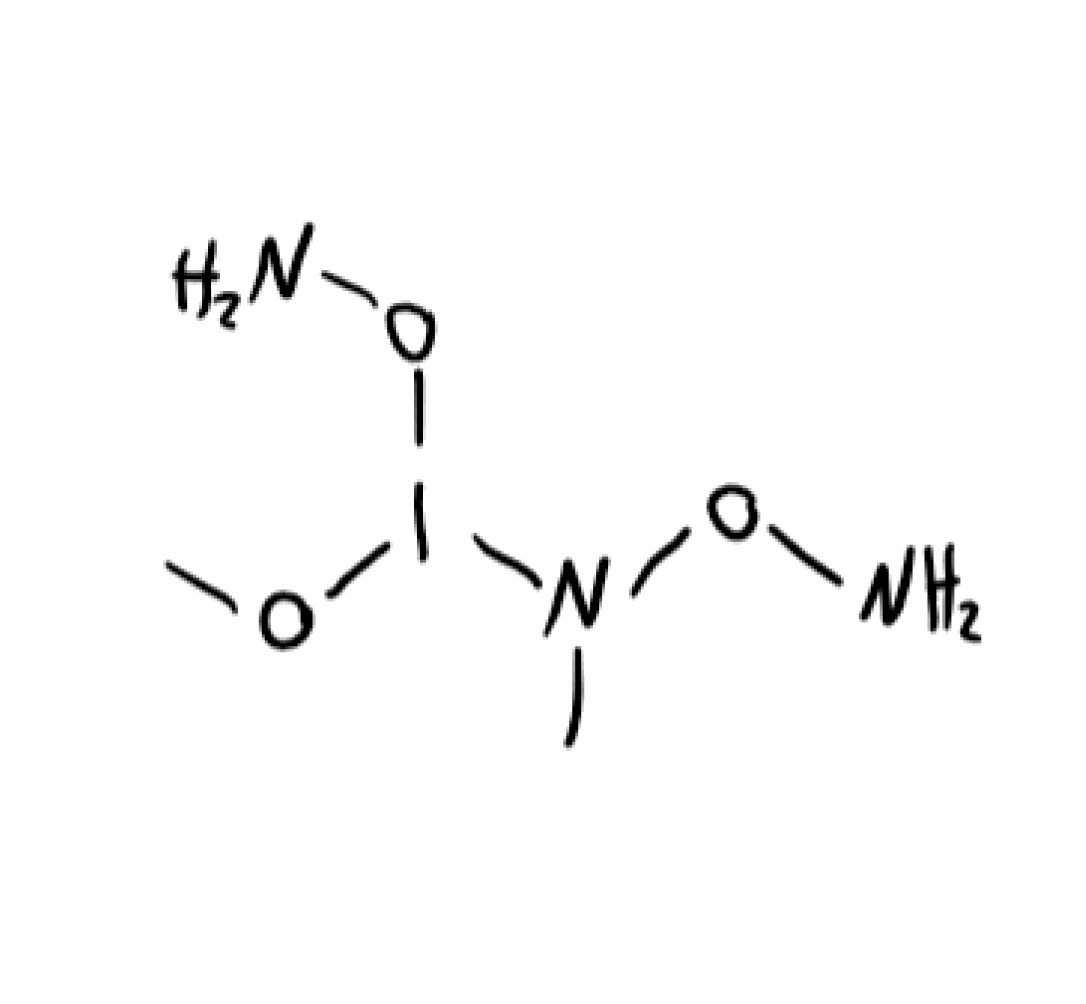
Simplified molecular-input line-entry system (SMILES) notation of the given molecule:
CN(ON)I(OC)ON